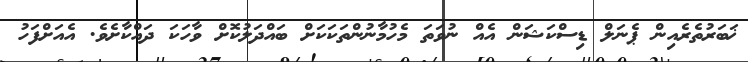
ޚަބަރުތެރެއިން ޕެނަލް ޑިސްކަޝަން އެއް ނުވަތަ މެހުމާނުންތަކަކަށް ބައްދަލުކޮށް ވާހަކަ ދައްކާށެވެ. އެއަށްފަހު